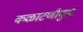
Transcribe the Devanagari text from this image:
कळाटणीमुळे